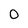
Character: 0